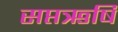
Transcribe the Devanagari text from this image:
सप्तऋर्षि